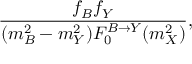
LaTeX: \frac { f _ { B } f _ { Y } } { ( m _ { B } ^ { 2 } - m _ { Y } ^ { 2 } ) F _ { 0 } ^ { B \to Y } ( m _ { X } ^ { 2 } ) } ,